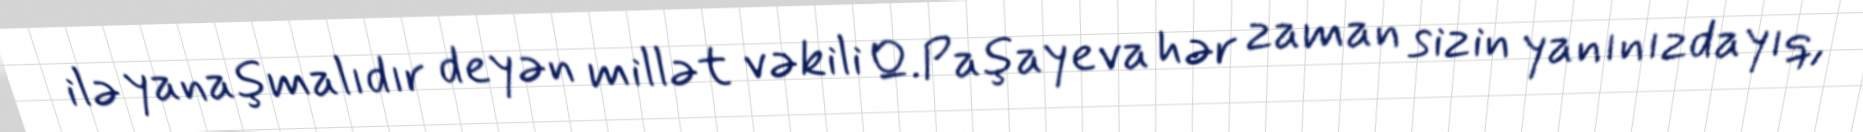
ilə yanaşmalıdır deyən millət vəkili Q.Paşayeva hər zaman sizin yanınızdayıq,